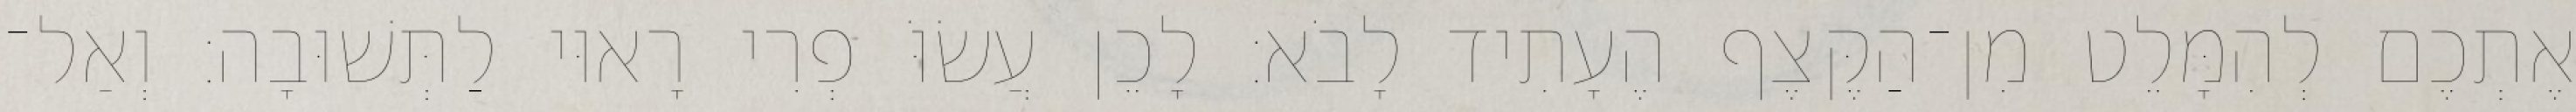
אֶתְכֶם לְהִמָּלֵט מִן־הַקֶּצֶף הֶעָתִיד לָבֹא׃ לָכֵן עֲשׂוֹּ פְרִי רָאוּי לַתְּשׁוּבָה׃ וְאַל־